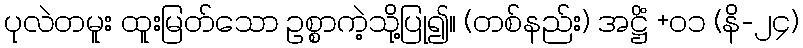
ပုလဲတမူး ထူးမြတ်သော ဥစ္စာကဲ့သို့ပြု၍။ (တစ်နည်း) အဋ္ဌိံ +၀၁ (နိ-၂၄)